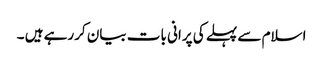
اسلام سے پہلے کی پرانی بات بیان کررہے ہیں ۔